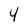
Character: 4